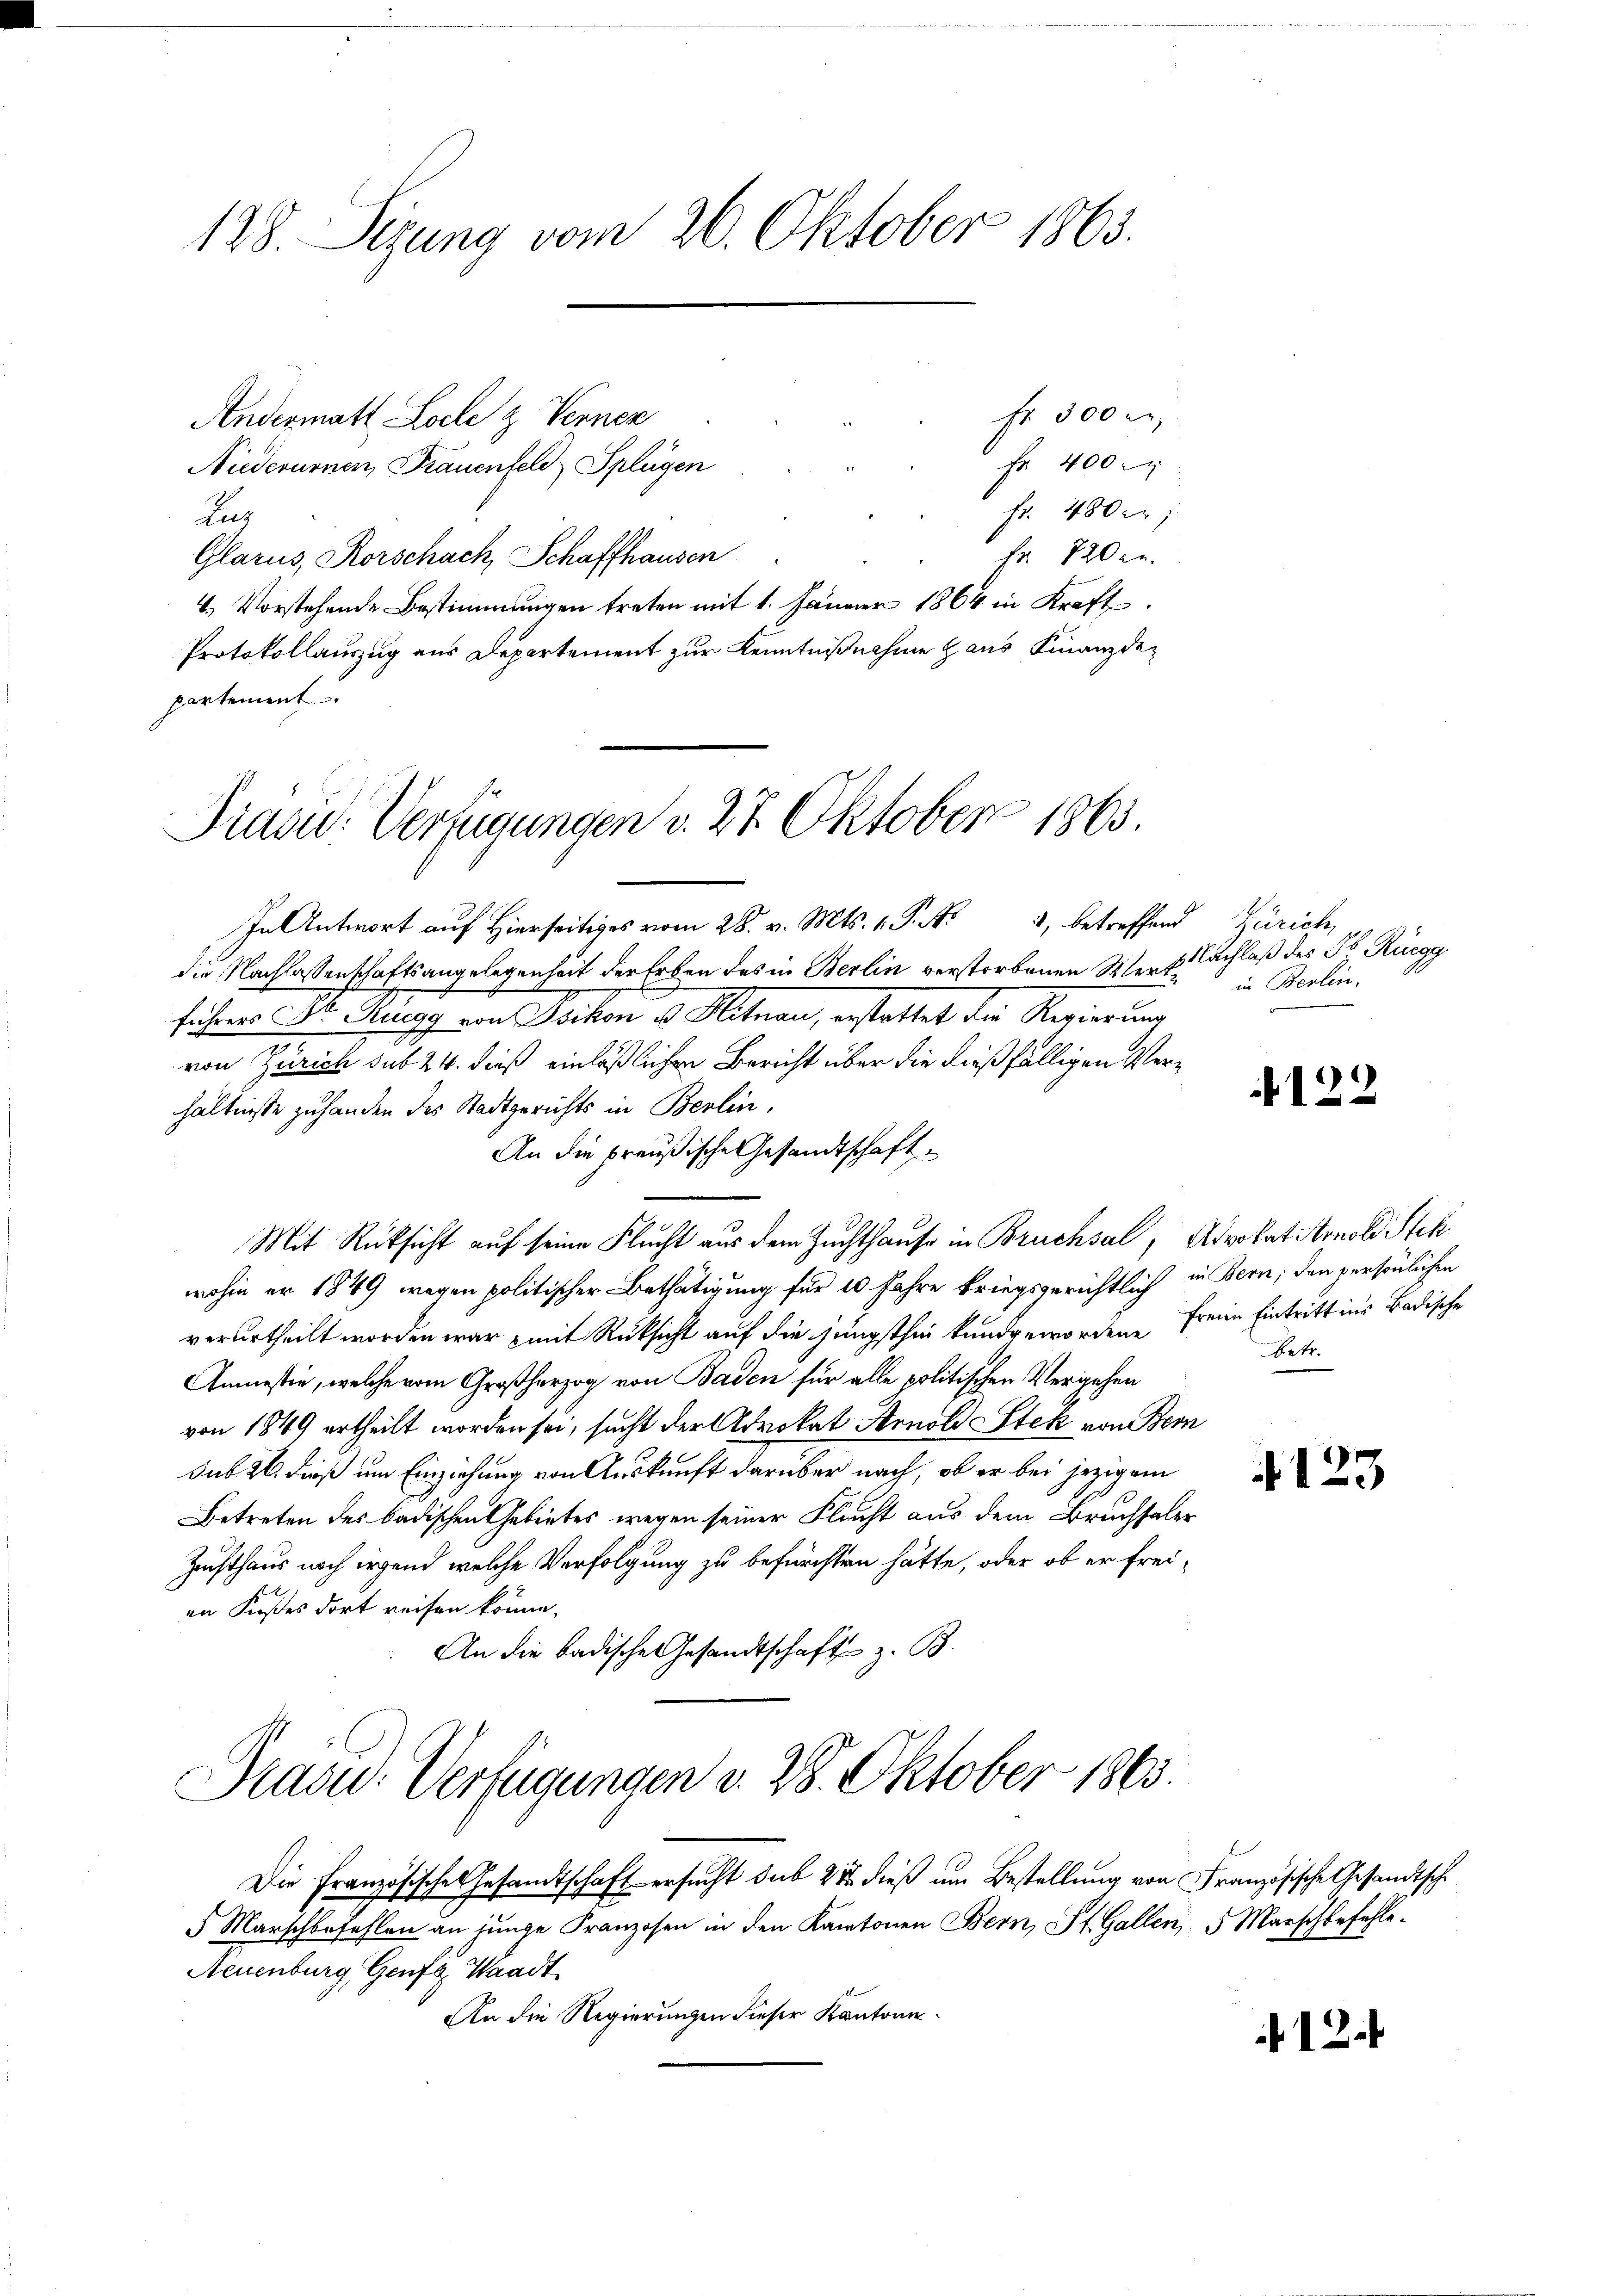
128. Segung vom 26. Oktober 1863.

Fr 300 re
Andermatt Locle & Vennen
Fr. 400 r
¬
Niederurnen Frauenfeld Splügen
Fr. 480 er
Lus
Fr. 720 an.
Glarus, Rorschach, Schaffhausen
4. Vorstehende Bestimmungen treten mit 1. Jänner 1864 in Kraft
Protokollauszug aus Departement zur Kenntnißnahme Haus Finanzdepartement

Präsid. Verfügungen v. 27. Oktober 1863.

In Antwort auf Hierseits vom 28. v. Mts. 1. P. Nr. 4, betreffend Zürich,
die Nachlassenschaftsangelegenheit der Erben des in Berlin verstorbenen Wert Nachlaß des Jb. Rüegg
führer C. M. Ruegg von Isikon u. Mitnau, erstattet die Regierung
von Zürich sub 24. dieß einläßlichen Bericht über die dießfälligen Verhältnisse zuhanden des Stadtgerichts in Berlin,
An die preußische Gesandtschaft
Mit Rücksicht auf seine Flucht aus dem Zuchthause in Bruchsal, Advokat Arnold Stek
wohin er 1849 wegen politischer Bethätigung für 10 Jahre kriegsgerichtlich in Bern; den persönlichen
verurtheilt worden war mit Rücksicht auf die jüngsthin kundgewordene Freie Eintritt ins Badische
Amnestie, welche vom Großherzog von Baden für alle politischen Vergehen
von 1849 ertheilt worden sei, sucht der Advokat Arnold Stek von Ber
sub 26. dieß um Einziehung von Auskunft darüber nach, ob er bei jezigem
Betreten des badischen Gebietes wegen seiner Flucht aus dem Bruchsalz
Zuchthaus noch irgend welche Verfolgung zu befürchten hätte, oder ob er freien Kieses dort reifen könne.
An die badische Gesandtschaft z. B.
Präsid.: Verfügungen v. 28. Oktober 1863.
Die Französische Gesandtschaft ersucht sub 21 dieß um Bestellung von Französische Gesandtsche
Marschbefehlen an junge Franzosen in den Kantonen Bern, St. Gallen, 5 Marschbefehle
Neuenburg, Genf, Waadt
An die Regierungen dieser Kantone

in Berlin.

122

Betr.

123

12.